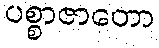
ပစ္စာဇာတော